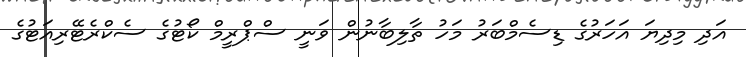
އަދި މިދިޔަ އަހަރުގެ ޑިސެމްބަރު މަހު ތާލިބާނުން ވަނީ ސްޕްރީމް ކޯޓުގެ ސެކްރެޓޭރިއަޓުގެ